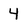
Character: 4